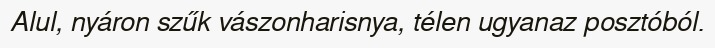
Alul, nyáron szűk vászonharisnya, télen ugyanaz posztóból.